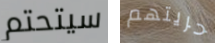
سيتحتم حريتهم